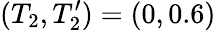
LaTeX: (T_{2},T_{2}^{\prime})=(0,0.6)